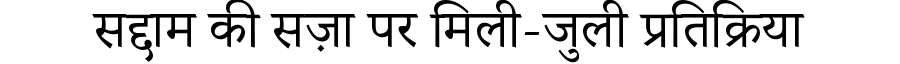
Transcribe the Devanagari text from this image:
सद्दाम की सज़ा पर मिली-जुली प्रतिक्रिया